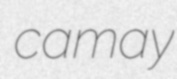
camay